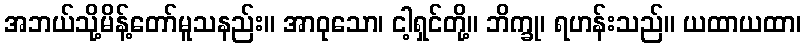
အဘယ်သို့မိန့်တော်မူသနည်း။ အာဝုသော၊ ငါ့ရှင်တို့။ ဘိက္ခု၊ ရဟန်းသည်။ ယထာယထာ၊